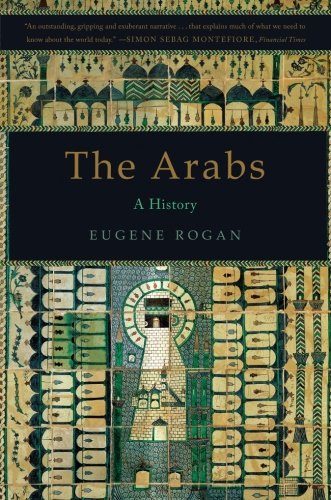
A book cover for The Arabs: A History; Eugene Rogan; History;